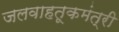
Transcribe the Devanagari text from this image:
जलवाहतूकमंत्री